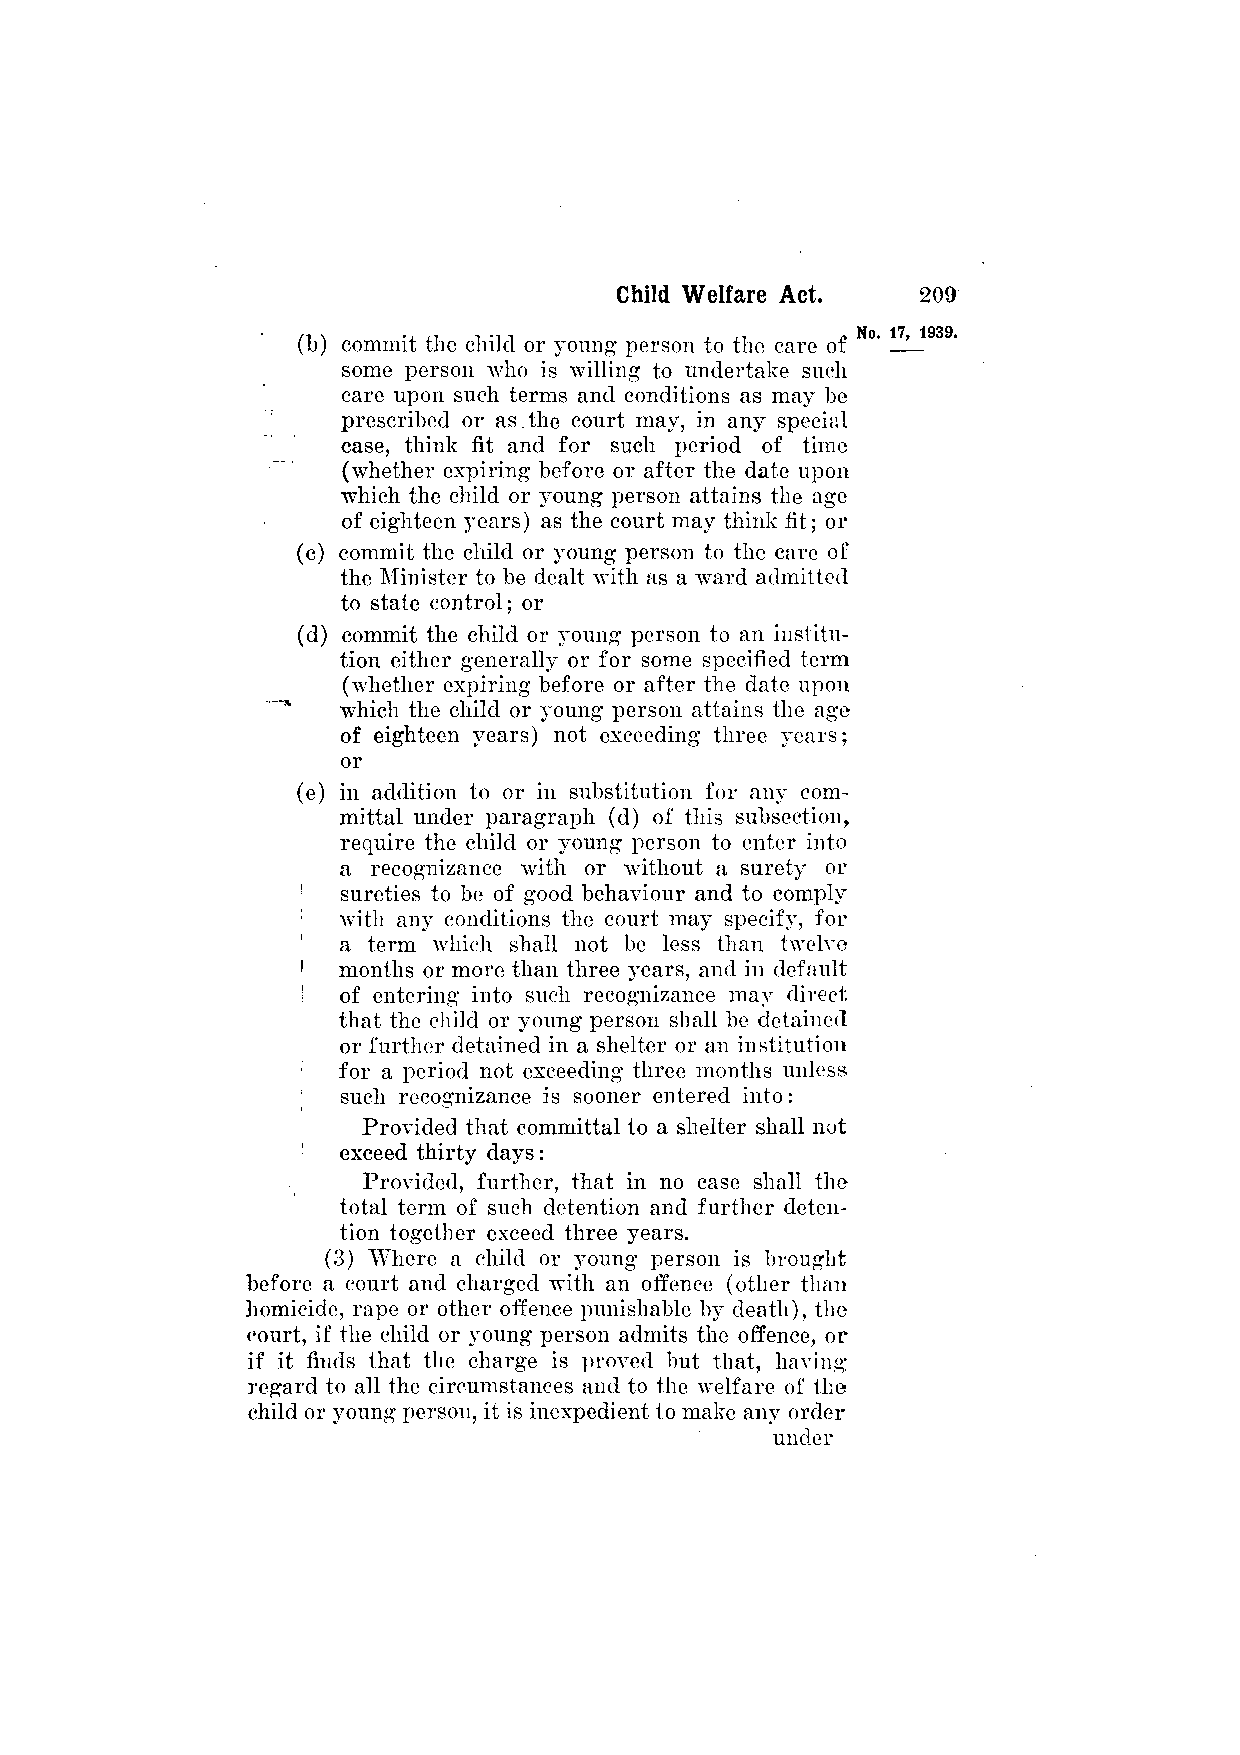
(b) commit the child or young person to the care of
 some person who is willing to undertake such
 care upon such terms and conditions as may be
 prescribed or as the court may, in any special
 case, think fit and for such period of time
 (whether expiring before or after the date upon
 which the child or young person attains the age
 of eighteen years) as the court may think fit; or
 (c) commit the child or young person to the care of
 the Minister to be dealt with as a ward admitted
 to state control; or
 (d) commit the child or young person to an institu­
 tion either generally or for some specified term
 (whether expiring before or after the date upon
 which the child or young person attains the age
 of eighteen years) not exceeding three years;
 or
 (e) in addition to or in substitution for any com­
 mittal under paragraph (d) of this subsection,
 require the child or young person to enter into
 a recognizance with or without a surety or
 sureties to be of good behaviour and to comply
 with any conditions the court may specify, for
 a term which shall not be less than twelve
 months or more than three years, and in default
 of entering into such recognizance may direct
 that the child or young person shall be detained
 or further detained in a shelter or an institution
 for a period not exceeding three months unless
 such recognizance is sooner entered into:
 Provided that committal to a shelter shall not
 exceed thirty days:
 Provided, further, that in no case shall the
 total term of such detention and further deten­
 tion together exceed three years.
 (3) Where a child or young person is brought
 before a court and charged with an offence (other than
 homicide, rape or other offence punishable by death), the
 court, if the child or young person admits the offence, or
 if it finds that the charge is proved but that, having
 regard to all the circumstances and to the welfare of the
 child or young person, it is inexpedient to make any order
 under